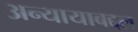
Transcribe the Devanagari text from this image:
अन्यायाबद्दल